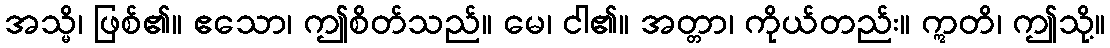
အသ္မိ၊ ဖြစ်၏။ ဧသော၊ ဤစိတ်သည်။ မေ၊ ငါ၏။ အတ္တာ၊ ကိုယ်တည်း။ ဣတိ၊ ဤသို့။